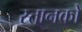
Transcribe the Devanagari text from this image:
स्तानकों